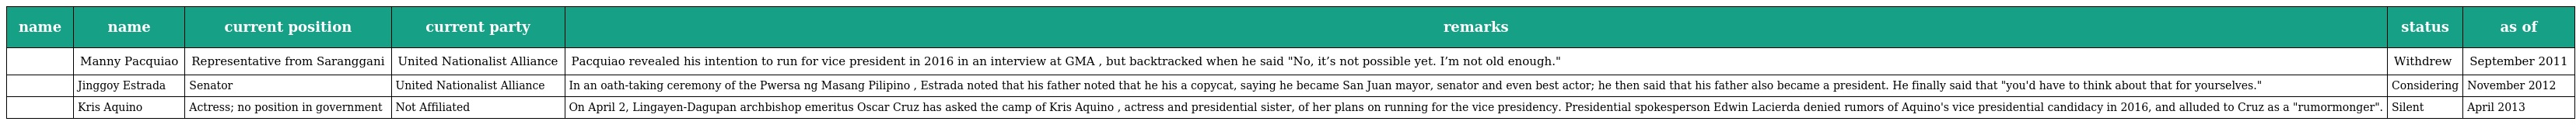
| name | name | current position | current party | remarks | status | as of |
 | --- | --- | --- | --- | --- | --- | --- |
 |  | Manny Pacquiao | Representative from Saranggani | United Nationalist Alliance | Pacquiao revealed his intention to run for vice president in 2016 in an interview at GMA , but backtracked when he said "No, it’s not possible yet. I’m not old enough." | Withdrew | September 2011 |
 |  | Jinggoy Estrada | Senator | United Nationalist Alliance | In an oath-taking ceremony of the Pwersa ng Masang Pilipino , Estrada noted that his father noted that he his a copycat, saying he became San Juan mayor, senator and even best actor; he then said that his father also became a president. He finally said that "you'd have to think about that for yourselves." | Considering | November 2012 |
 |  | Kris Aquino | Actress; no position in government | Not Affiliated | On April 2, Lingayen-Dagupan archbishop emeritus Oscar Cruz has asked the camp of Kris Aquino , actress and presidential sister, of her plans on running for the vice presidency. Presidential spokesperson Edwin Lacierda denied rumors of Aquino's vice presidential candidacy in 2016, and alluded to Cruz as a "rumormonger". | Silent | April 2013 |